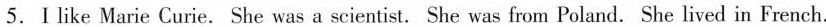
5.Ⅰ like Marie Curie. She was a scientist. She was from Poland. She lived in French.